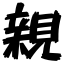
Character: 親